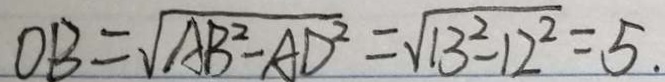
O B = \sqrt { A B ^ { 2 } - A D ^ { 2 } } = \sqrt { 1 3 ^ { 2 } - 1 2 ^ { 2 } } = 5 .